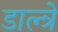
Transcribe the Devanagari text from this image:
डाल्त्रे